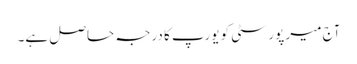
آج میر پور سٹی کو یورپ کا درجہ حاصل ہے۔